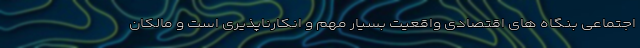
اجتماعی بنگاه های اقتصادی واقعیت بسیار مهم و انکارناپذیری است و مالکان